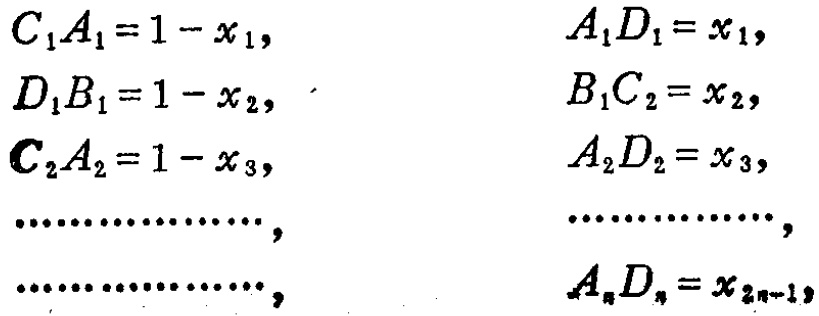
\[
\begin{align*}
C_{1}A_{1}&=1 - x_{1},&A_{1}D_{1}&=x_{1},\\
D_{1}B_{1}&=1 - x_{2},&B_{1}C_{2}&=x_{2},\\
C_{2}A_{2}&=1 - x_{3},&A_{2}D_{2}&=x_{3},\\
\cdots\cdots\cdots\cdots&,&\cdots\cdots\cdots\cdots&,\\
\cdots\cdots\cdots\cdots&,&A_{n}D_{n}&=x_{2n - 1},
\end{align*}
\]